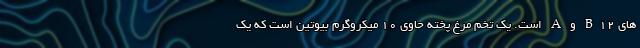
های B12 و A است. یک تخم مرغ پخته حاوی 10 میکروگرم بیوتین است که یک